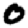
Digit: 0